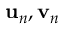
{ \bf u } _ { n } , { \bf v } _ { n }